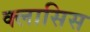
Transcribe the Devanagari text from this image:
क्लासिस